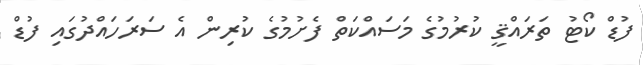
ފުޑް ކޯޓު ތަރައްޤީ ކުރުމުގެ މަސައްކަތް ފެށުމުގެ ކުރިން އެ ސަރަހައްދުގައި ފުޑް